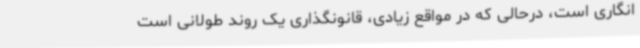
انگاری است، درحالی که در مواقع زیادی، قانونگذاری یک روند طولانی است